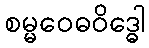
စမ္မဝေဓဝိဒ္ဓေါ